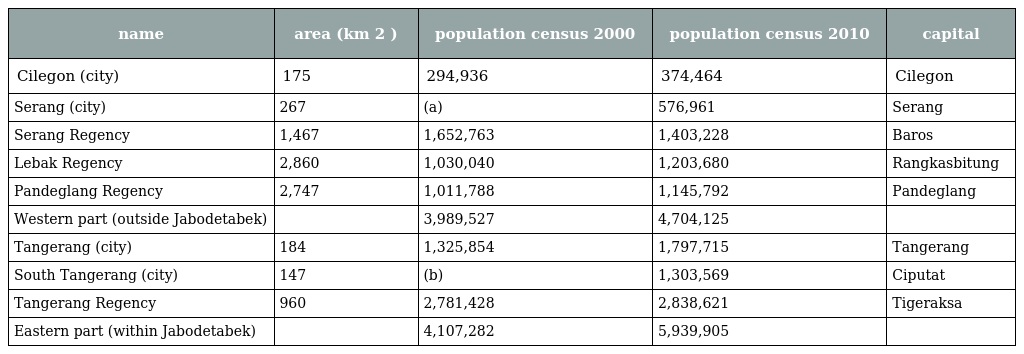
| name | area (km 2 ) | population census 2000 | population census 2010 | capital |
 | --- | --- | --- | --- | --- |
 | Cilegon (city) | 175 | 294,936 | 374,464 | Cilegon |
 | Serang (city) | 267 | (a) | 576,961 | Serang |
 | Serang Regency | 1,467 | 1,652,763 | 1,403,228 | Baros |
 | Lebak Regency | 2,860 | 1,030,040 | 1,203,680 | Rangkasbitung |
 | Pandeglang Regency | 2,747 | 1,011,788 | 1,145,792 | Pandeglang |
 | Western part (outside Jabodetabek) |  | 3,989,527 | 4,704,125 |  |
 | Tangerang (city) | 184 | 1,325,854 | 1,797,715 | Tangerang |
 | South Tangerang (city) | 147 | (b) | 1,303,569 | Ciputat |
 | Tangerang Regency | 960 | 2,781,428 | 2,838,621 | Tigeraksa |
 | Eastern part (within Jabodetabek) |  | 4,107,282 | 5,939,905 |  |